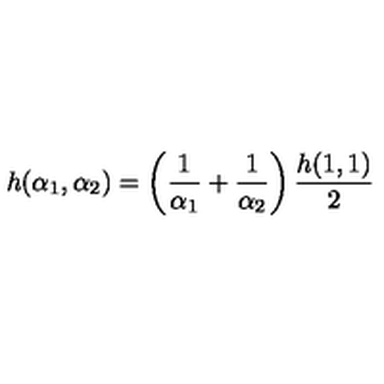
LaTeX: h ( \alpha _ { 1 } , \alpha _ { 2 } ) = \left( \frac { 1 } { \alpha _ { 1 } } + \frac { 1 } { \alpha _ { 2 } } \right) \frac { h ( 1 , 1 ) } { 2 }